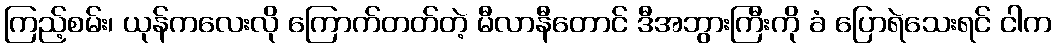
ကြည့်စမ်း၊ ယုန်ကလေးလို ကြောက်တတ်တဲ့ မီလာနီတောင် ဒီအဘွားကြီးကို ခံ ပြောရဲသေးရင် ငါက